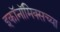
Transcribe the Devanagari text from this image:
इकॉनॉमिक्सच्या